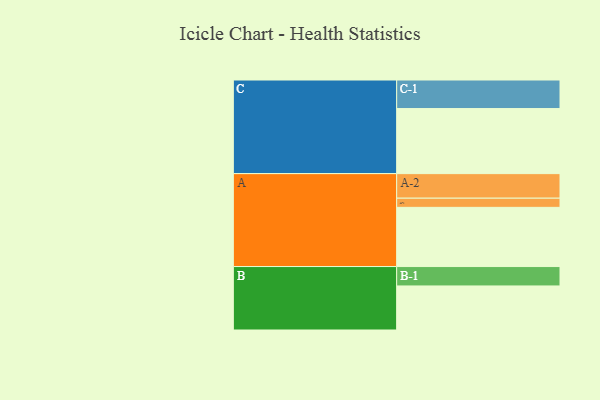
{"axis": {"x": "Segment", "y": "Value"}, "legend": ["", "A", "B", "C"], "data": [{"x": "A", "y": 504, "type": ""}, {"x": "B", "y": 375, "type": ""}, {"x": "C", "y": 554, "type": ""}, {"x": "A-1", "y": 78, "type": "A"}, {"x": "A-2", "y": 209, "type": "A"}, {"x": "B-1", "y": 165, "type": "B"}, {"x": "C-1", "y": 243, "type": "C"}]}